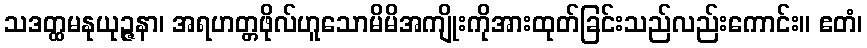
သဒတ္ထမနုယုဉ္ဇနာ၊ အရဟတ္တဖိုလ်ဟူသောမိမိအကျိုးကိုအားထုတ်ခြင်းသည်လည်းကောင်း။ ဧတံ၊